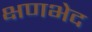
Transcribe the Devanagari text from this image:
क्षणभेद